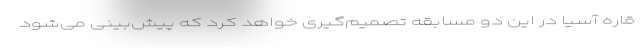
قاره آسیا در این دو مسابقه تصمیم‌گیری خواهد کرد که پیش‌بینی می‌شود